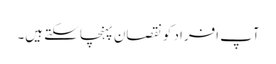
آپ افراد کو نقصان پہنچا سکتے ہیں۔